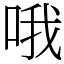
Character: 哦